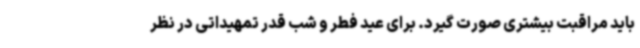
باید مراقبت بیشتری صورت گیرد. برای عید فطر و شب قدر تمهیداتی در نظر